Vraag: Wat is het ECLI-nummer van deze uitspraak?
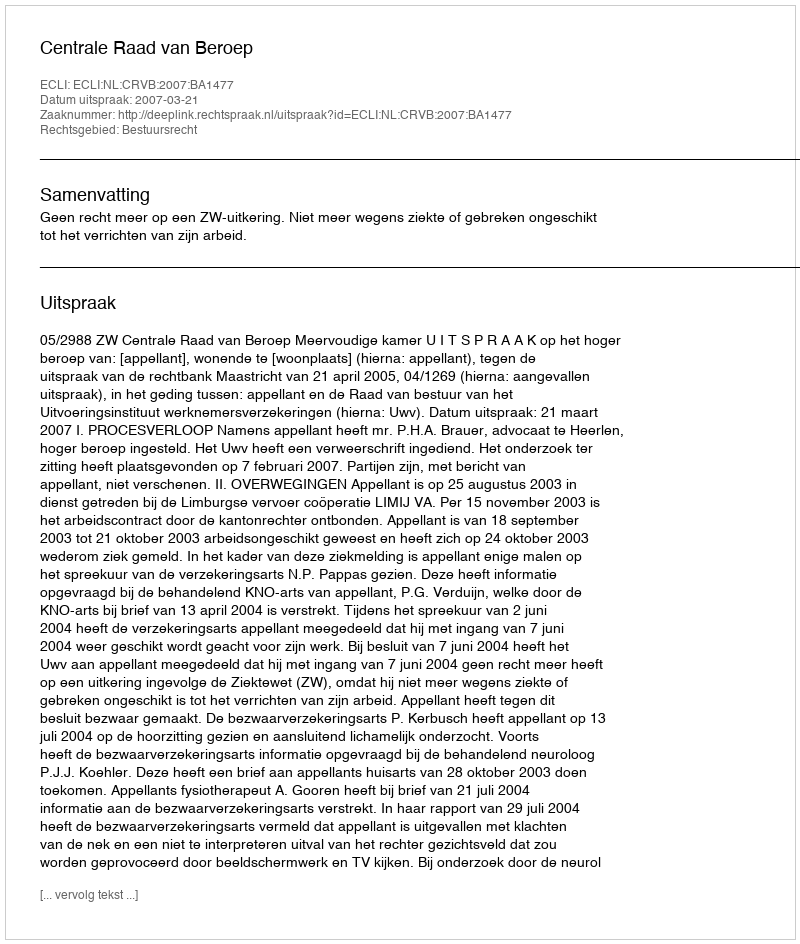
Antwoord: ECLI:NL:CRVB:2007:BA1477